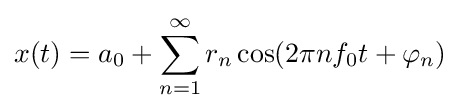
x(t)=a_{0}+\sum _{n=1}^{\infty }r_{n}\cos(2\pi nf_{0}t+\varphi _{n})